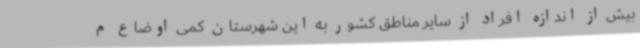
بیش از اندازه افراد از سایر مناطق کشور به این شهرستان کمی اوضاع م